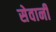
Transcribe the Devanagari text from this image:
सेवानी